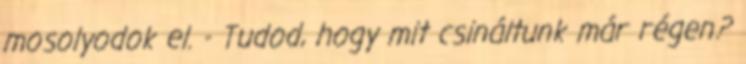
mosolyodok el. - Tudod, hogy mit csináltunk már régen?